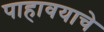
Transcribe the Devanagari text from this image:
पाहावयाचे